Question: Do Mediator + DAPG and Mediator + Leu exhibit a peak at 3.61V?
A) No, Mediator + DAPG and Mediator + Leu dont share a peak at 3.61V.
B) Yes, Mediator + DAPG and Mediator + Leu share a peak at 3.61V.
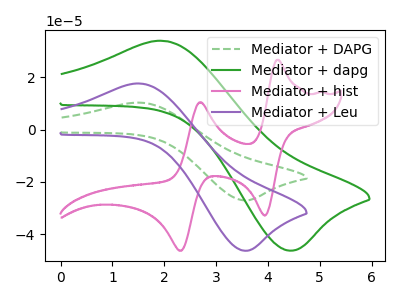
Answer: <think>The green dashed curve "Mediator + DAPG" has an anodic peak at (1.50V, 10.30uA) and a cathodic peak at (3.60V, -27.05uA). The green curve "Mediator + dapg" has an anodic peak at (2.00V, 33.90uA) and a cathodic peak at (4.40V, -46.30uA). The pink curve "Mediator + hist" has anodic peaks at (4.20V, 26.65uA) (2.70V, 10.45uA) and cathodic peaks at (3.95V, -32.85uA) (2.30V, -46.35uA). The purple curve "Mediator + Leu" has an anodic peak at (1.50V, 17.60uA) and a cathodic peak at (3.60V, -46.35uA).</think>
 <answer>B) Yes, "Mediator + DAPG" and "Mediator + Leu" share a peak at 3.61V.</answer>
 <eval>B</eval>